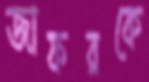
জাফরকে